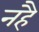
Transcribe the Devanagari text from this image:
नहै